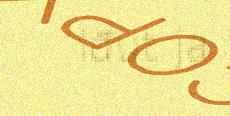
Iđut ja